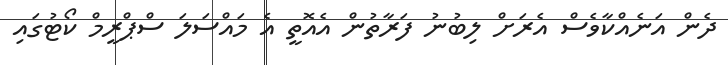
ދެން އަނެއްކާވެސް އެރަށް ލިބުނު ފަރާތުން އެއޮތީ އެ މައްސަލަ ސްޕްރީމް ކޯޓުގައި